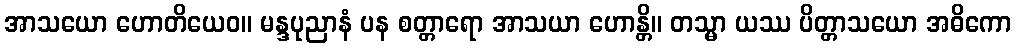
အာသယော ဟောတိယေဝ။ မန္ဒပုညာနံ ပန စတ္တာရော အာသယာ ဟောန္တိ။ တသ္မာ ယဿ ပိတ္တာသယော အဓိကော